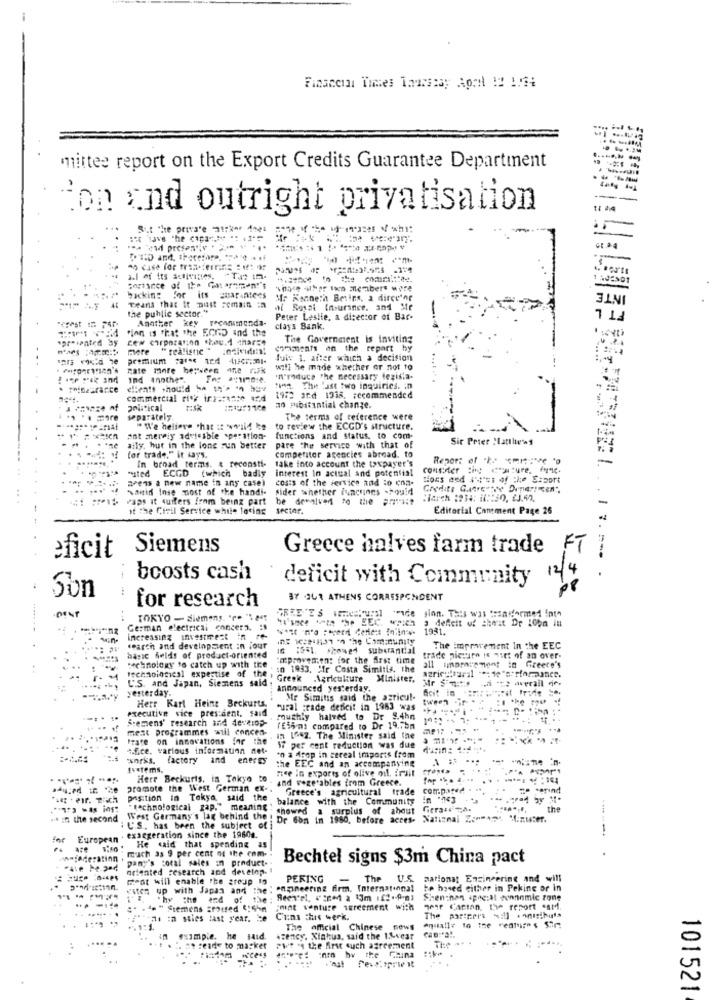
Financial Times Tourssay Agent 12 1.64
mittee report on the Export Credits Guarantee Department
ion and outright privatisation
But he prise
Her save "he ( ===
Poul presentiv
st.ªq
INTE
backin:
for its guarantees Me Kenneth Besinn, a direeine
FT L
Teans that it must remain in al Rosat Insurance, and Mir
the public sector."
Another key
reconimonda-
Peter Leslie, a director of Bar-
"inn is that the ECnD and the
clays Bank.
cew corporation .bau.1 4har="
The Government is inviting
mere
comments on the repart by
luis 1. after which a decision
Rate more between ane risk
wall he made whether or not to
ind Anothe".
'n'reduce the necessary legisla-
clients should 1 5' 3 ha
tina. The Last two inquiries. in
commercial ri% ire:casse and
1972 and 10is, recommended
T:Sk
##auf1 20 mbitintial change.
separately.
The terms of reference were
" We believe that :: wild ke
to review the ECCD's structure.
. .
ant merely adelesble speration-
functions and status, to com-
Sir Peter Sattless
ally. hur in the long run better
pare the service with that of
...
for trade." it says,
In broad terms. & reconsti-
competitor agencies abroad. to
take into account the taxpayer's
Report of he "arte "
"ited ECGD (which badly
interest In actual and potentist
consider :it cture, fric.
Pens a new name in any casel
costs of the service and :o con-
Said Inse most of the hand"-
sider whether functines -could
Credits Gumtreethe Depierreen",
raps it suffers from being part
-
ot the Civil Service while losing sector.
Editorial Comment Page 26
eficit
Siemens
Greece halves farm trade FT
bcosts cash
deficit with Community 14/4
Son
for research
37 361 ATHENS CORRESPONDENT
TOKYO - siemens. "re "\ at
a deficit of theut Dr 100m in
German electrical concerz. : s
1931.
increasing investment in re-
DE 12818137 ' The Camsunity
search and development in four
16 :551. he suburantial
The improvement In the EEC
basic felds of product-oriented
"atprovement for the first time
trade picture is niet of an over-
..
technologiesl expertise of the
technology to catch up with the
in 1933. "fr Costa Simitis, the
all unararement in Greece's
L.S. and Japan, Siestens said
Greek Agriculture Minister.
yesterday
Announced yesterday.
ficit in
Herr Karl Heinz Beckurts,
Mr Simitis said the agricul-
executive vice president, said
"ural grade deficit in 1983 was
Siemens' research and destiop-
roughly halved to Dr S.4hn
mest programmes will concen-
TESims compared to Dr 19,7bm
Frate on innovations for the
In 1642. The Minister said the
4.f.ce, various informaunn net-
17 per cent reduction was due
"works. factory and
enerEs
the EEC and an accompanying
*0 a 4sep in cereal imports from
...
Everems.
nee ia exports of olive oil, trait
Herr Beckuris, in Tokyo to
and vegetables from Greece.
promote the West German ex. .
Greece's agricultural trade compared .
..
pasition in Tokyo, said the
balance with the Community
" technological zap." meaning !
showed a surplus of ahout Gieran ;n.
win In the second
West Germany's lag behind the : Dr 6om in 1980, before acces- National Zoomers Minuter.
' U'S. has been the subject of i
for
European
. exaggeration since the 19604.
are
much as 9 per cent of the com-
He said that spending as
pany's coral sales in product-
Bechtel signs $3m China pact
oriented research and develop.
meat will enable the group to
PEKING
The U.S. marionat Engineering and will
cien up with Japan and the
engineering firm, International
te based either in Peking or in
Thy the end of
The
Shenzhen apog:al connomic tone
...... .
#* . "" Siemens srossed $:5-m
joint venture sreement with
mer Cartan. Ile report card.
""""-de : sties last year. le
Cums this week.
The official Chinese news
fsimple. he
Azency, Xinhua, said the 1%-vear
The ..
. seade to market
Nce's
PVt 's the first such agreement
101521